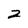
Character: 2